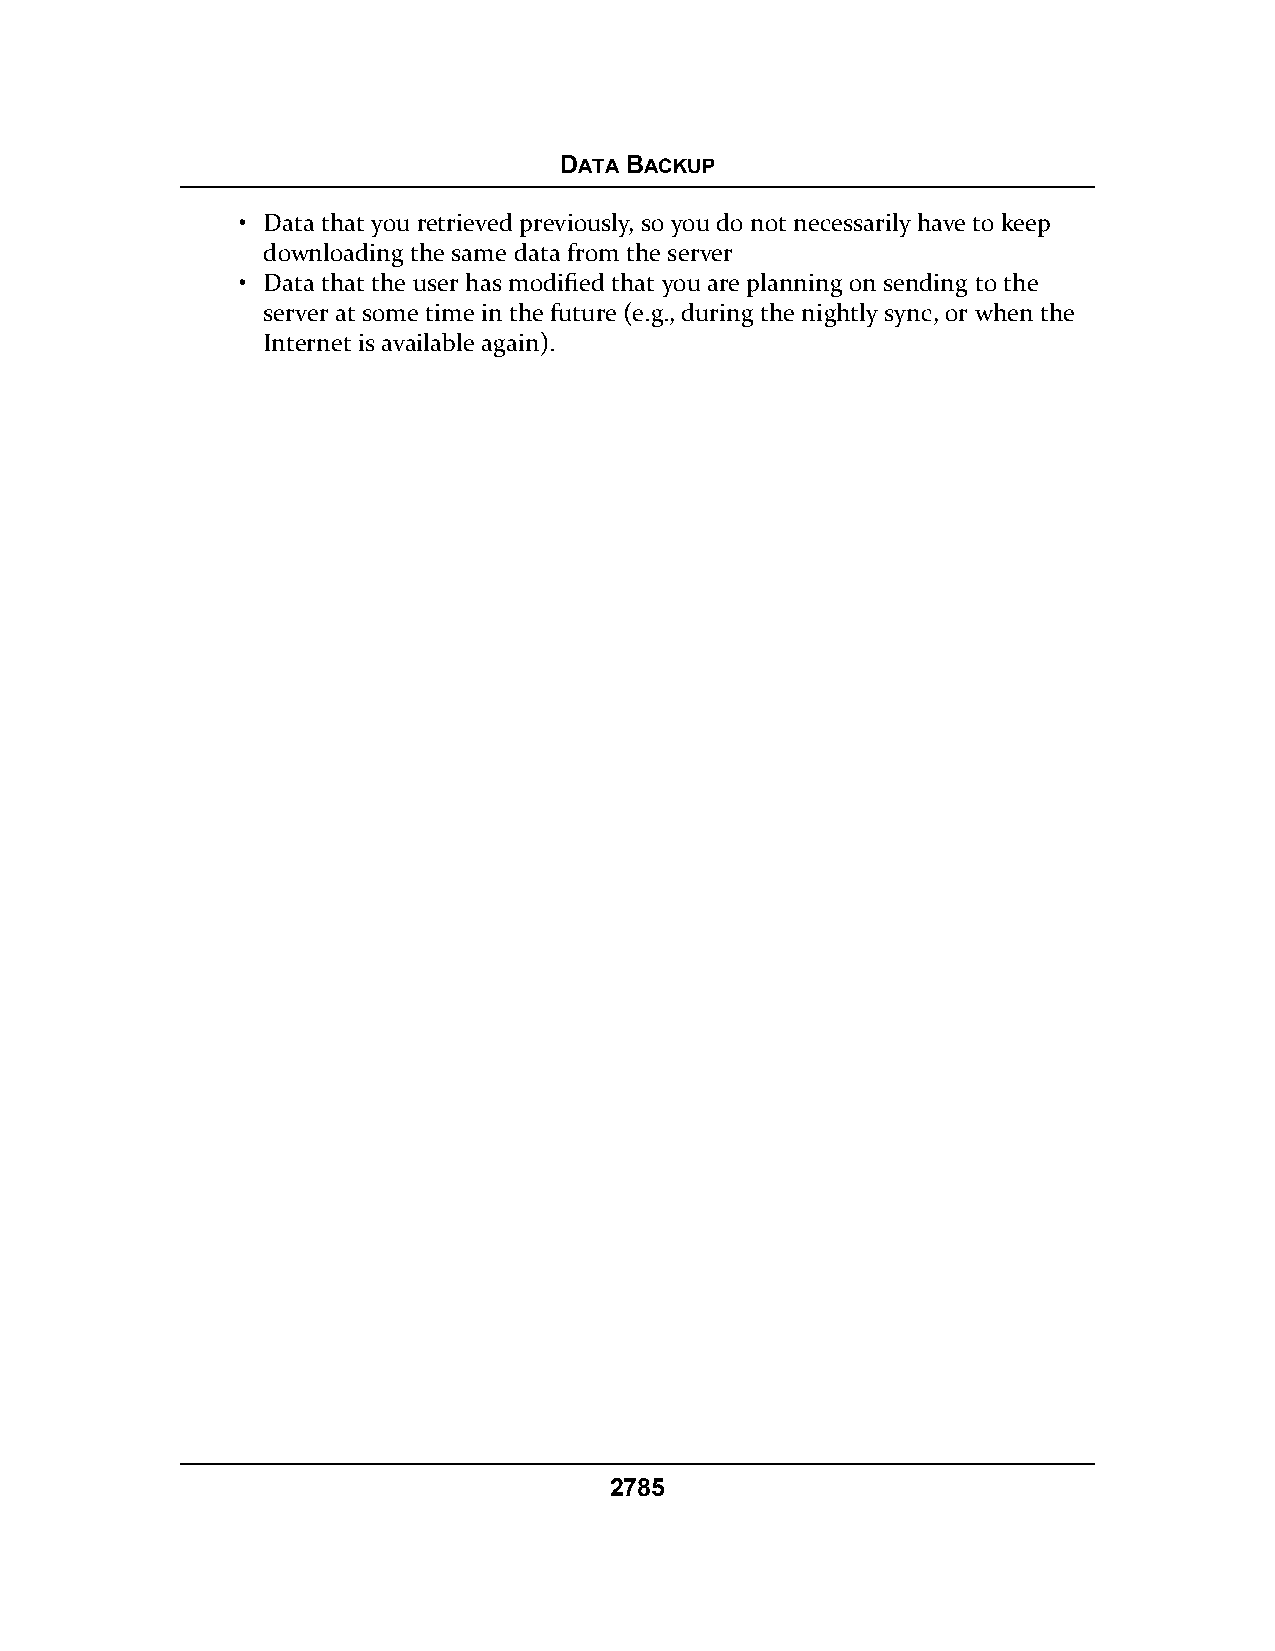
DATA BACKUP
 • Data that you retrieved previously, so you do not necessarily have to keep
 downloading the same data from the server
 • Data that the user has modified that you are planning on sending to the
 server at some time in the future (e.g., during the nightly sync, or when the
 Internet is available again).
 2785